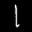
Label: 1